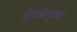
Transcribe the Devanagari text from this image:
दोरजीपुरुष